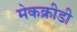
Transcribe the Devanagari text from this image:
मेकक्रीडी